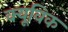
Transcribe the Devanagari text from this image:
क्यूविक